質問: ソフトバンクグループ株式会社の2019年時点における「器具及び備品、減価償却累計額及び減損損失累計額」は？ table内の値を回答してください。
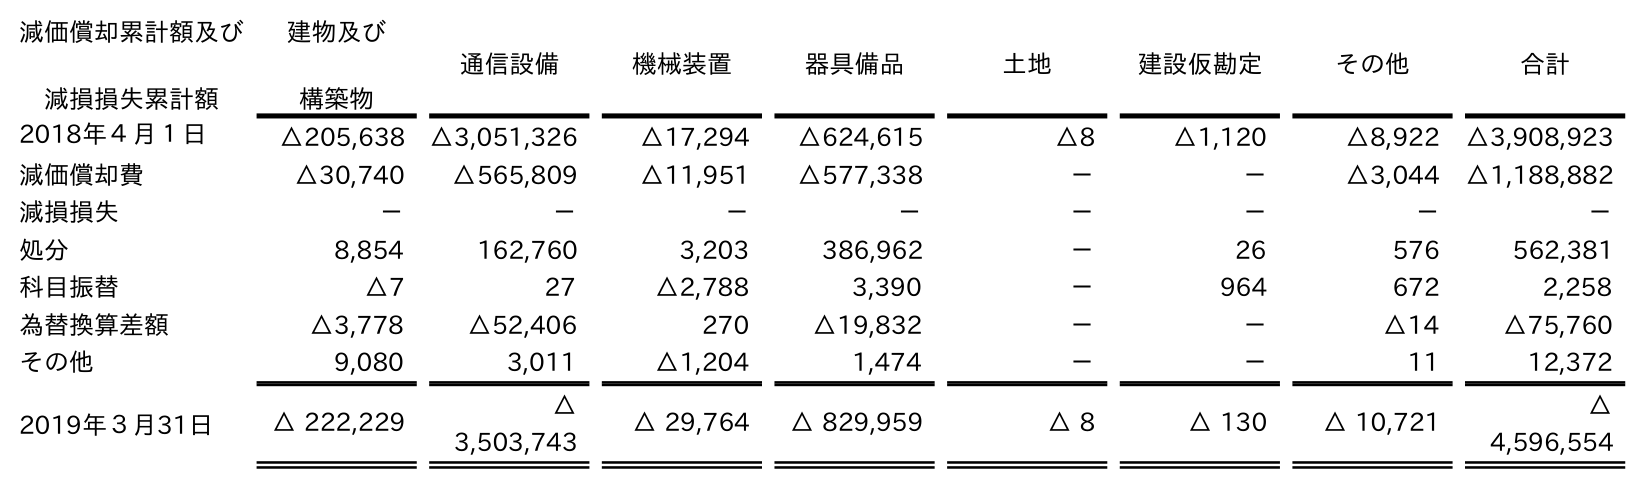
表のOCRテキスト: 減価償却累計額及び 減損損失累計額 建物及び 構築物 通信設備 機械装置 器具備品 土地 建設仮勘定 その他 合計 2018年４月１日 △205,638 △3,051,326 △17,294 △624,615 △8 △1,120 △8,922 △3,908,923 減価償却費 △30,740 △565,809 △11,951 △577,338 － － △3,044 △1,188,882 減損損失 － － － － － － － － 処分 8,854 162,760 3,203 386,962 － 26 576 562,381 科目振替 △7 27 △2,788 3,390 － 964 672 2,258 為替換算差額 △3,778 △52,406 270 △19,832 － － △14 △75,760 その他 9,080 3,011 △1,204 1,474 － － 11 12,372 2019年３月31日 △ 222,229 △ 3,503,743 △ 29,764 △ 829,959 △ 8 △ 130 △ 10,721 △ 4,596,554
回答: △829,959